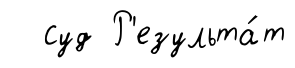
суд Р'езульта́т